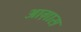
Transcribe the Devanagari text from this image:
आग़ास